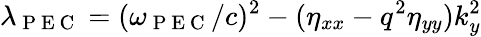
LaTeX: \lambda_{\mathrm{~P~E~C~}}=(\omega_{\mathrm{~P~E~C~}}/c)^{2}-(\eta_{xx}-q^{2}\eta_{yy})k_{y}^{2}